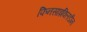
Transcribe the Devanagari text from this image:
फिनसाइक्लिडीन